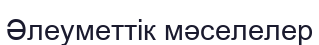
Әлеуметтiк мәселелер